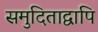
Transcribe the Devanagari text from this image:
समुदिताद्वापि